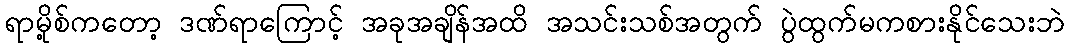
ရာမို့စ်ကတော့ ဒဏ်ရာကြောင့် အခုအချိန်အထိ အသင်းသစ်အတွက် ပွဲထွက်မကစားနိုင်သေးဘဲ